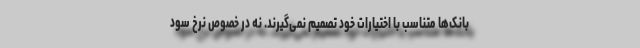
بانک‌ها متناسب با اختیارات خود تصمیم نمی‌گیرند. نه در خصوص نرخ سود